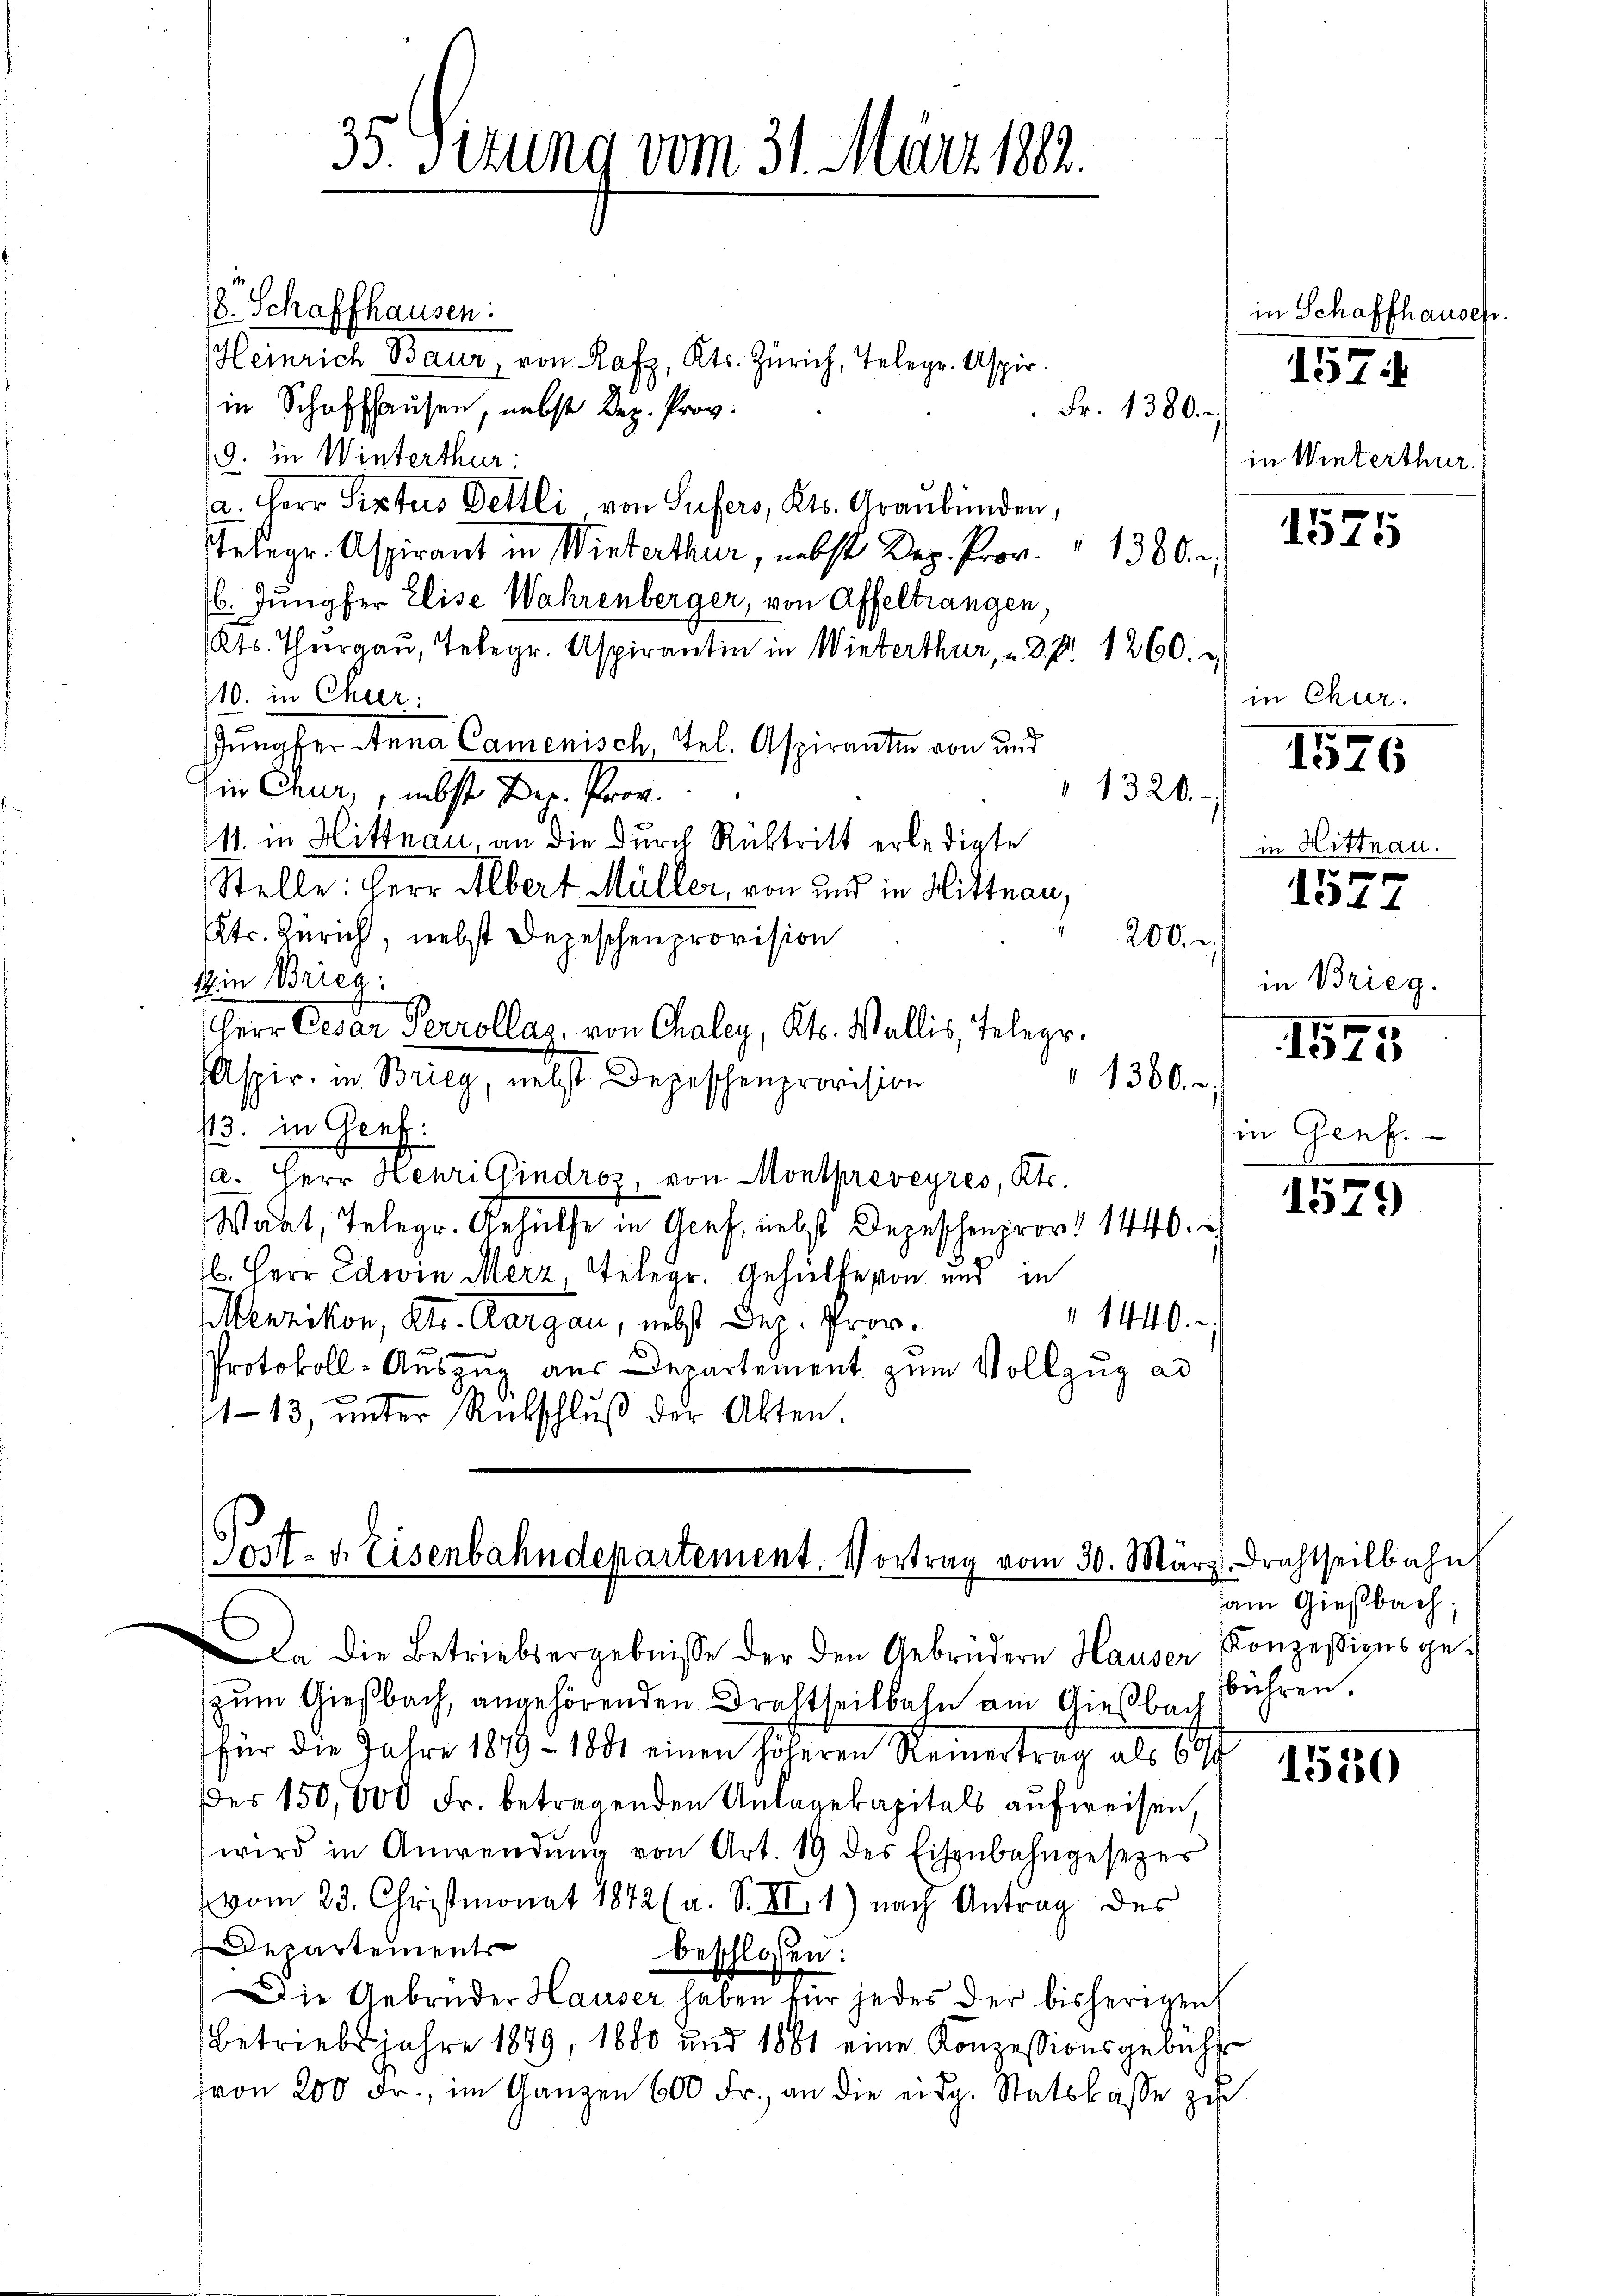
33. Setung vom 31. März 1882.

Schaffhausen:
Heinrich Baur, von Rafz, Kts. Zürich, Telegr. Aspir
in Schaffhausen, nebst Dez. Prov.
Fr. 1380.
9. in Winterthur:
a. Herr Pistus Dettli, von Sufers, Kts. Graubünden,
Telegr. Aspirant in Winterthur, nebst Dep. Prov. 1380.
/6. Jungfer Elise Wahrenberger, von Affeltrangen,
Kts. Thurgau, Telegr. Aspirantin in Winterthur, " 3.7. 1260.
110. in Chur:
Jungfer Anna Camenisch, Tel. Aspiranten von und
1320.
in Chur, nebst Hr. Pror
11. in Hittnau, an die durch Rücktritt erledigte
Stelle: Herr Albert Müller, von und in Hittnau,
tr. Zürich, nebst Depeschenprovision
200.
in Brieg
Herr Cesar Perrollaz, von Chaley, Kts. Wallis, Telegr.
Aspir. in Brieg, nebst Depeschenprovision
1360.
13. in Genf.
a. Herr Henri Gindroz, von Montpreveyres, Kts.
Watt, Telegr. Gehülfe in Genf, nebst Depeschenprov. 1440.
1. Herr Edwin Merz Telegr. Gehülfe von und in
1440.
Menzikon, Kt. Aargau, nebst Dez. Prov.
Protokoll-Aŭszŭg aŭs Departement zum Vollzug ad
1-13, ŭnter Rükschlŭβ der Akten.

Post- u. Eisenbahndepartement. Vortrag vom 30. März drachtheilbahn

Da die Betriebsergebnisse der den Gebrüdern Hauser Konzessionsgezum Gießbach, angehörenden Drahtheilbahn am Gießbach
für die Jahre 1819 - 1881 einen höheren Reinertrag als 604
des 150,000 Fr. betragenden Anlagekapitals aufweisen,
wird in Anwendŭng von Art. 19 des Eisenbahngesezes
vom 23. Christmonat 1872 (a. S. XI. 1) nach Antrag des
Departements
beschlossen:
Die Gebrüder Hauser haben für jedes der bisherigen
Betriebsjahre 1849, 1880 und 1861 eine Konzessionsgebühr
von 200 Fr., im Ganzen 600 Fr. an die eidg. Statskasse zu

in Schaffhausen.
157

in Winterthur.

1575

in Chur.

1526

in Hittnau.

1577

in Brieg.

1575

in Genf.

1579

dam Gießbach;
bühren.

1510